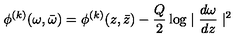
\phi ^ { ( k ) } ( \omega , \bar { \omega } ) = \phi ^ { ( k ) } ( z , \bar { z } ) - \frac { Q } { 2 } \log \mid \frac { d \omega } { d z } \mid ^ { 2 }